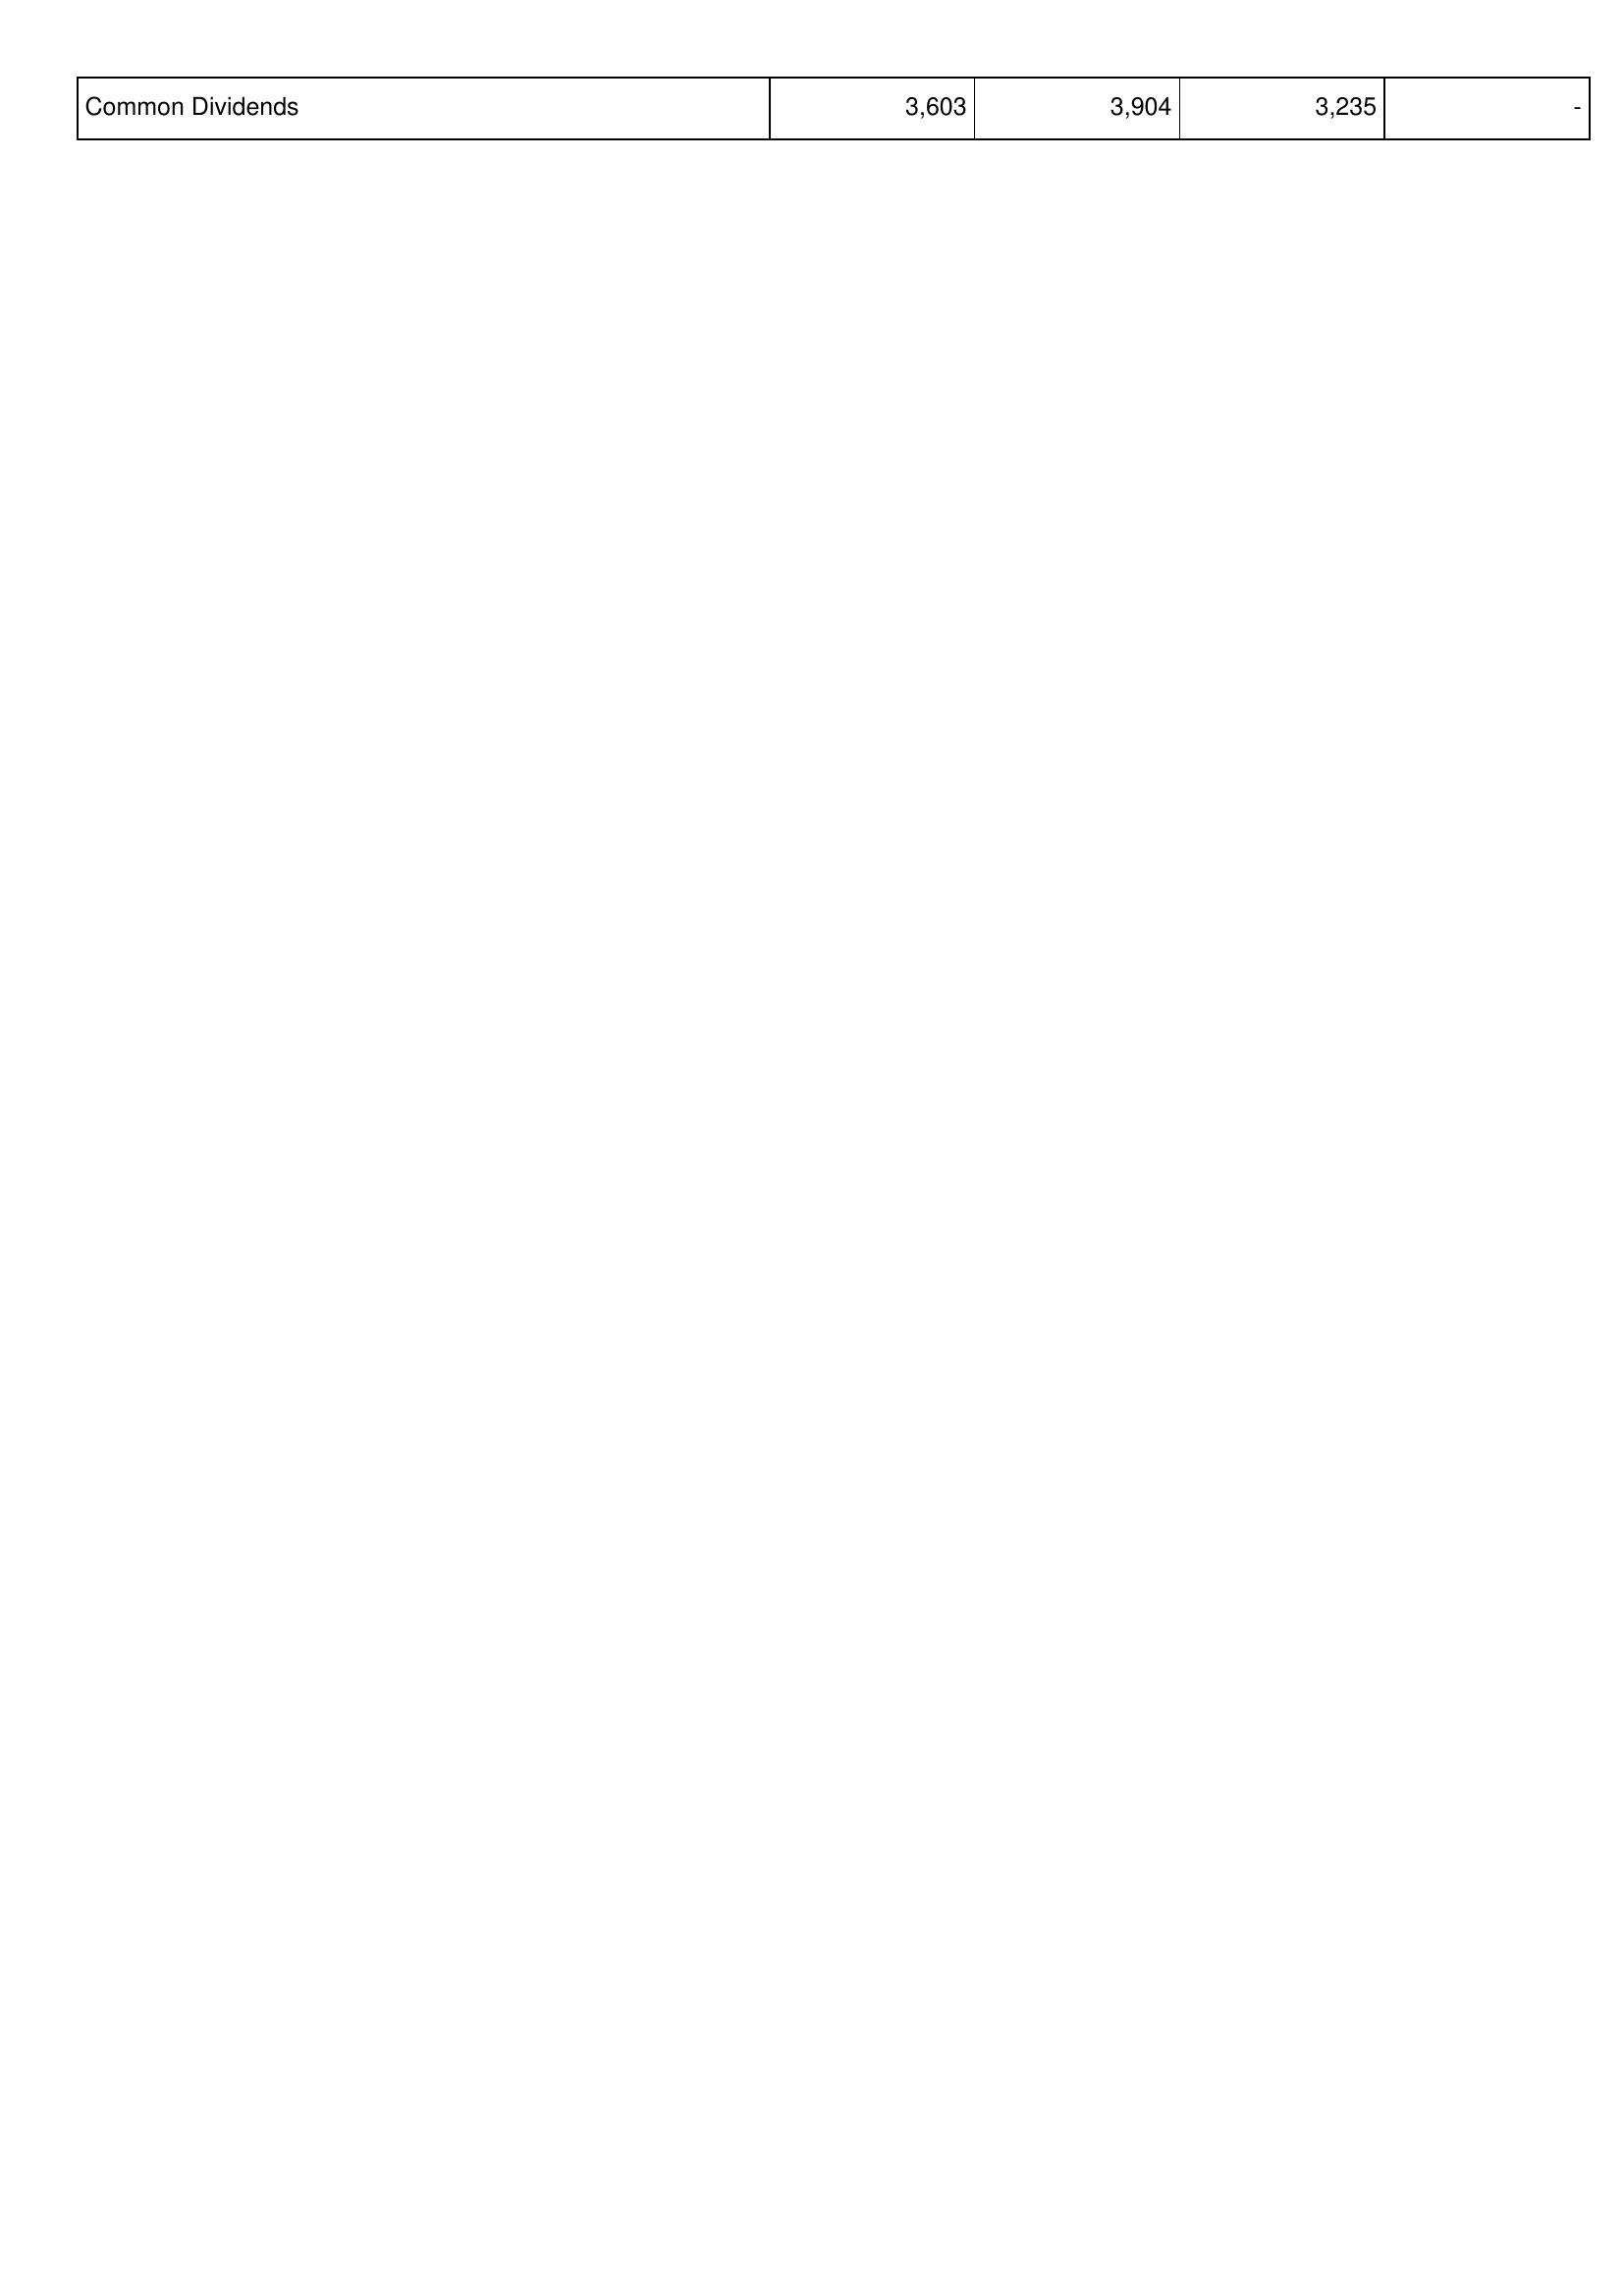
2017: Financing Activities: Common Dividends: 3,603
2018: Financing Activities: Common Dividends: 3,904
2019: Financing Activities: Common Dividends: 3,235
2020: Financing Activities: Common Dividends: -